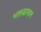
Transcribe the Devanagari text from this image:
भक्तब्राम्हण